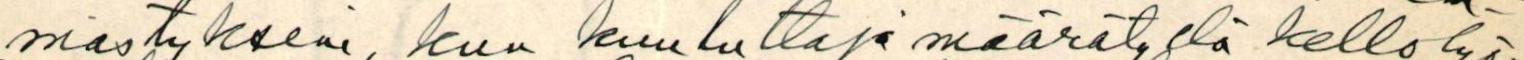
mästykseni, kun kuuluttaja määrätyllä kello lyö-